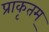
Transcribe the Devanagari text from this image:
प्राकृतम्